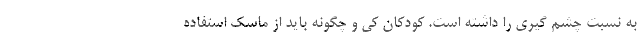
به نسبت چشم گیری را داشته است. کودکان کِی و چگونه باید از ماسک استفاده